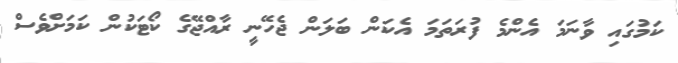
ކަމުގައި ވާނަމަ އެންމެ ފުރަތަމަ އެކަން ބަލަން ޖެހޭނީ ރާއްޖޭގެ ކޯޓަކުން ކަމަށްވެސް